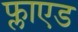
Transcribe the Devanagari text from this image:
फ्लाएड